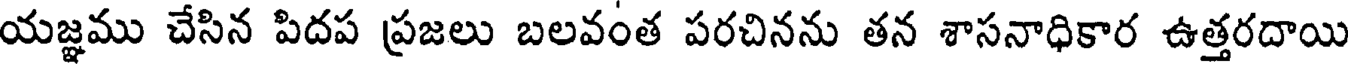
యజ్ఞము చేసిన పిదప ప్రజలు బలవంత పరచినను తన శాసనాధికార ఉత్తరదాయి